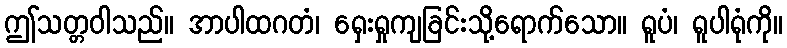
ဤသတ္တဝါသည်။ အာပါထဂတံ၊ ရှေးရှုကျခြင်းသို့ရောက်သော။ ရူပံ၊ ရူပါရုံကို။